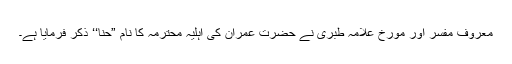
معروف مفسر اور مؤرخ علامہ طبری نے حضرت عمران کی اہلیہ محترمہ کا نام ”حنّا‘‘ ذکر فرمایا ہے۔